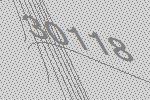
30118